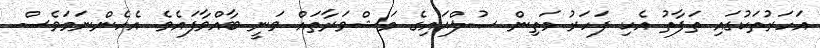
އަހަރުތަކުގައި ތަފާތު އެކި ފަހަރު މަތިން ޞުލްޙައިގެ މަޝްވަރާތައް ވަނީ ބާއްވާފައެވެ. އެހެންނަމަވެސް